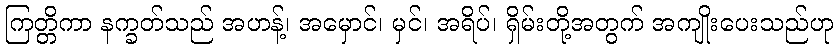
ကြတ္တိကာ နက္ခတ်သည် အဟန့်၊ အမှောင်၊ မှင်၊ အရိပ်၊ ရှိမ်းတို့အတွက် အကျိုးပေးသည်ဟု